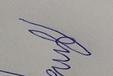
Signature authenticity: forged